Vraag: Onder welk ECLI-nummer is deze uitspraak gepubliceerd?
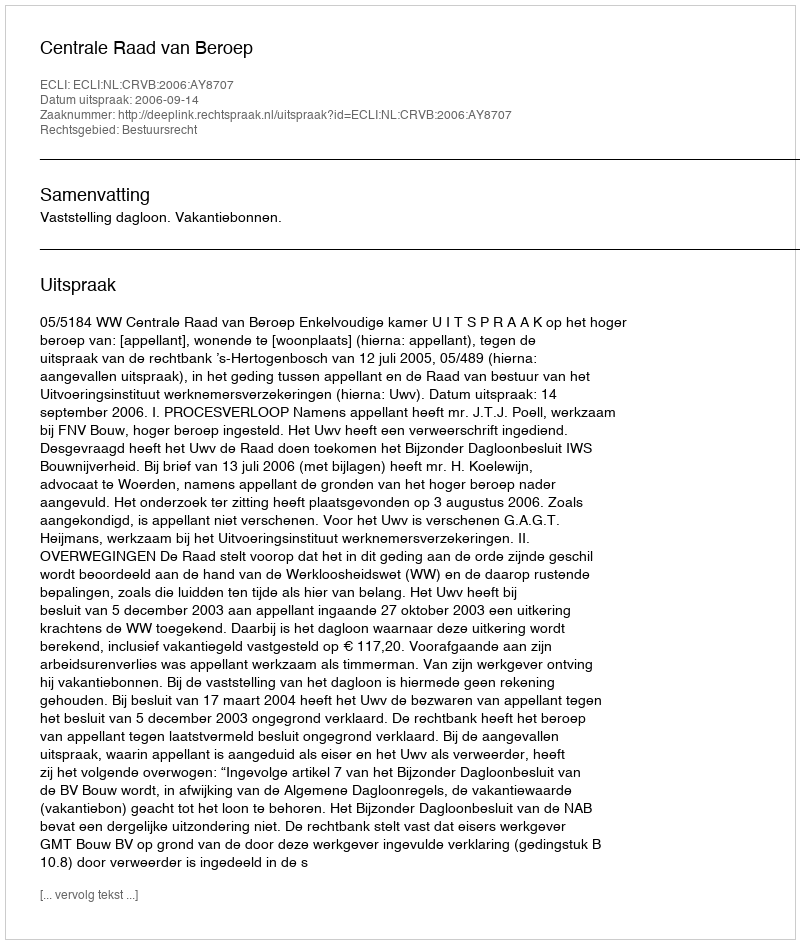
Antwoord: ECLI:NL:CRVB:2006:AY8707